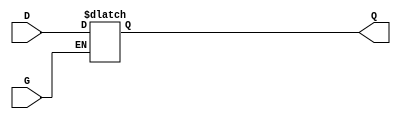
module async_gated_latch (
    input wire D,      // Data Input
    input wire G,      // Gate/Enable Signal
    output reg Q       // Stored Output
);

// Always block to implement the latch behavior
always @(*) begin
    if (G) begin
        Q = D;        // When G is high, Q follows D
    end
    // When G is low, Q retains its previous value (no assignment needed)
end

endmodule